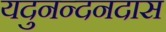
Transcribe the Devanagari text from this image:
यदुनन्दनदास